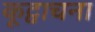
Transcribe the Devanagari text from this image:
कूट्वाचना